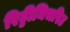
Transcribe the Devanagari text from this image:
रिट्ठीमिचरिउ